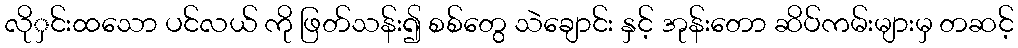
လိုှင်းထသော ပင်လယ် ကို ဖြတ်သန်း၍ စစ်တွေ သဲချောင်း နှင့် အုန်းတော ဆိပ်ကမ်းများမှ တဆင့်